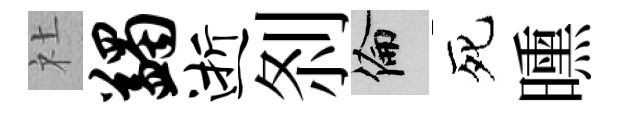
社蠲逝𠛴倫死曛